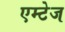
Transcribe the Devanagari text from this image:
एम्टेज